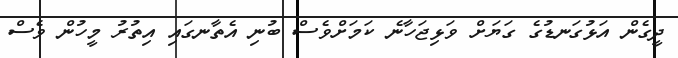
ދީގެން އަޅުގަނޑުގެ ގަޔަށް ވަޅިޖަހާނެ ކަމަށްވެސް ބުނި އެތާނގައި އިތުރު މީހުން ވެސް